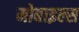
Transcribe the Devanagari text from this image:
मोबाइल्स